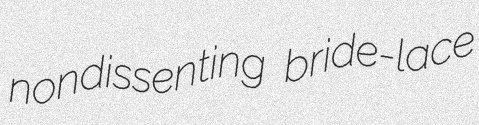
nondissenting bride-lace